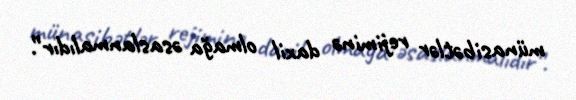
münasibətlər rejiminə daxil olmağa əsaslanmalıdır”.